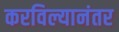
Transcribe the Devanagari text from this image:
करविल्यानंतर